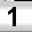
Digit: 1